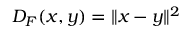
D _ { F } ( x , y ) = \| x - y \| ^ { 2 }